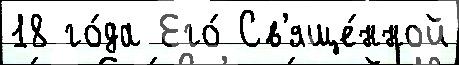
18 го́да Его́ Св'яще́нной